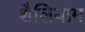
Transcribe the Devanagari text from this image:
शैलियाम